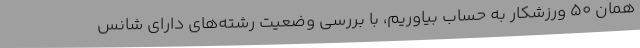
همان 50 ورزشکار به حساب بیاوریم، با بررسی وضعیت رشته‌های دارای شانس